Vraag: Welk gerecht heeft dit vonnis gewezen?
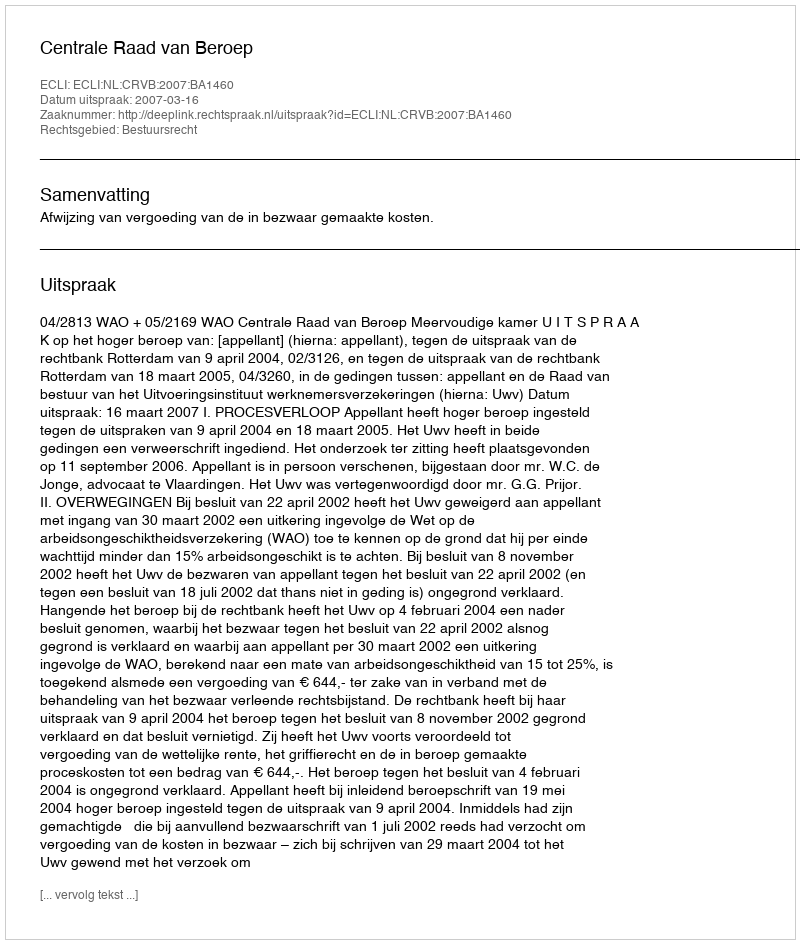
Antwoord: Centrale Raad van Beroep